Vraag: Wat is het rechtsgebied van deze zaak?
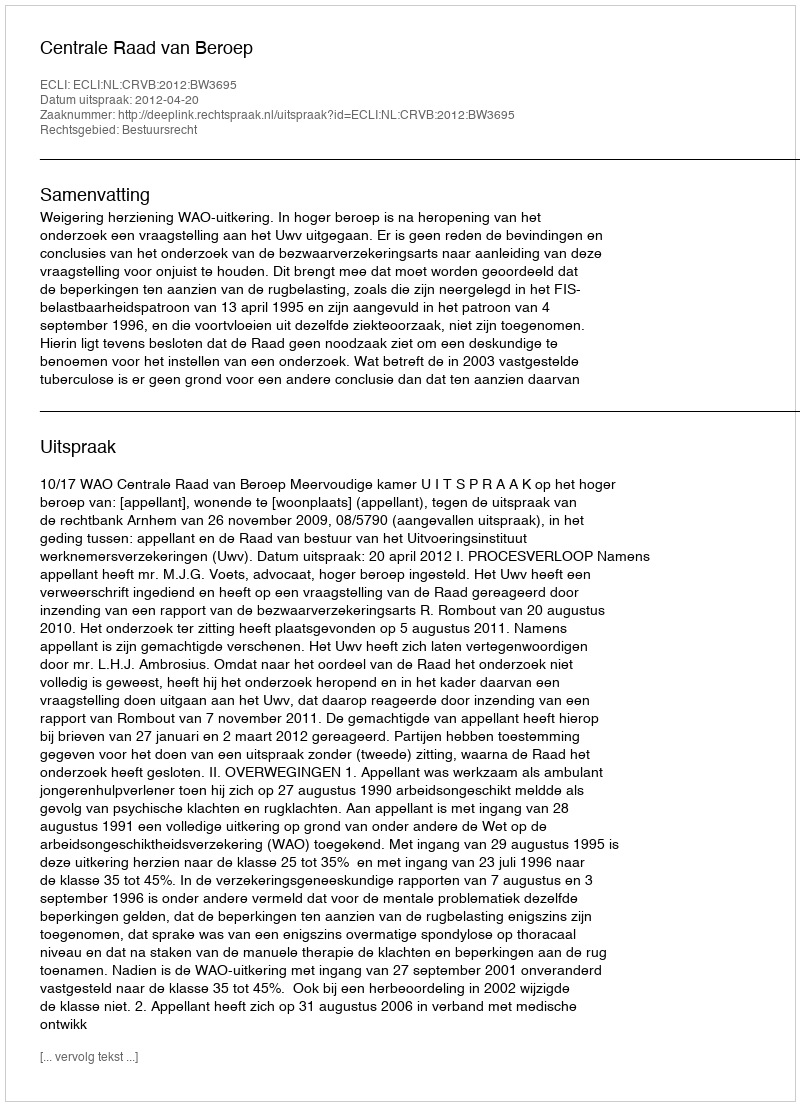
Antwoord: Bestuursrecht